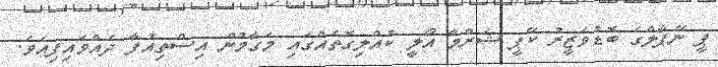
ޕީ ނޭޕާލްގެ ބޮޑުވަޒީރު ކޭޕީ ޝަރްމާ އޯލީ ކުއްލިގޮތެއްގައި މަގާމުން އިސްތިއުފާ ދެއްވައިފިއެވެ.